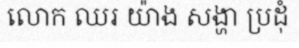
លោក ឈរ យ៉ាង សង្ហា ប្រដុំ